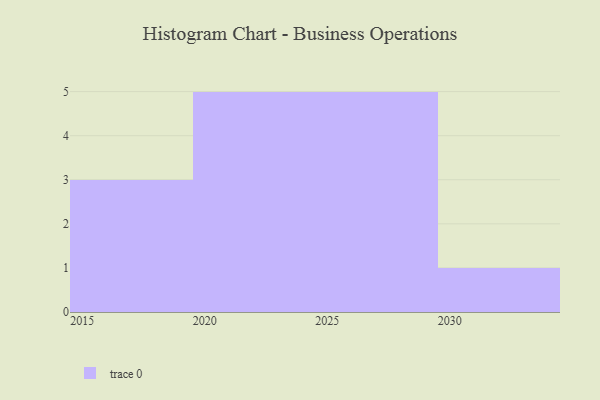
{"axis": {"x": "Year", "y": "Production Output"}, "legend": [""], "data": [{"x": "2026", "y": 3, "type": ""}, {"x": "2027", "y": 25, "type": ""}, {"x": "2022", "y": 26, "type": ""}, {"x": "2018", "y": 71, "type": ""}, {"x": "2019", "y": 71, "type": ""}, {"x": "2021", "y": 23, "type": ""}, {"x": "2030", "y": 48, "type": ""}, {"x": "2020", "y": 52, "type": ""}, {"x": "2029", "y": 42, "type": ""}, {"x": "2028", "y": 5, "type": ""}, {"x": "2023", "y": 71, "type": ""}, {"x": "2025", "y": 36, "type": ""}, {"x": "2015", "y": 95, "type": ""}, {"x": "2024", "y": 28, "type": ""}]}